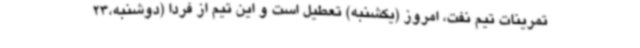
تمرینات تیم نفت، امروز (یکشنبه) تعطیل است و این تیم از فردا (دوشنبه،23